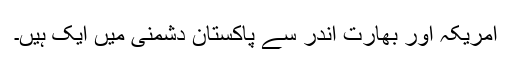
امریکہ اور بھارت اندر سے پاکستان دشمنی میں ایک ہیں۔